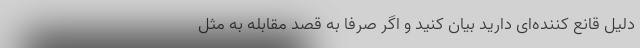
دلیل قانع کننده‌ای دارید بیان کنید و اگر صرفا به قصد مقابله به مثل